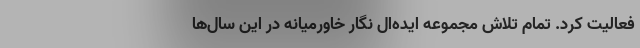
فعالیت کرد. تمام تلاش مجموعه ایده‌ال نگار خاورمیانه در این سال‌ها